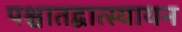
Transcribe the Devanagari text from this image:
पश्चातद्वात्स्यायन